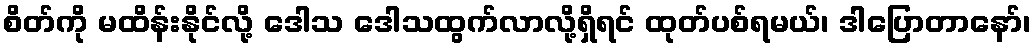
စိတ်ကို မထိန်းနိုင်လို့ ဒေါသ ဒေါသထွက်လာလို့ရှိရင် ထုတ်ပစ်ရမယ်၊ ဒါပြောတာနော်၊